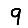
Digit: 9